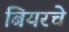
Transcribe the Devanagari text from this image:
बियरचे